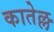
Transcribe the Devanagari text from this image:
कातेल्ल